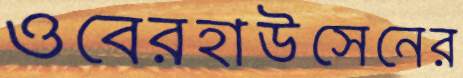
ওবেরহাউসেনের